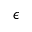
\epsilon